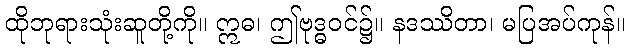
ထိုဘုရားသုံးဆူတို့ကို။ ဣဓ၊ ဤဗုဒ္ဓဝင်၌။ နဒဿိတာ၊ မပြအပ်ကုန်။